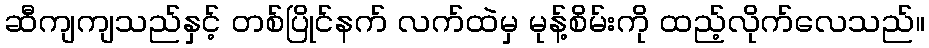
ဆီကျကျသည်နှင့် တစ်ပြိုင်နက် လက်ထဲမှ မုန့်စိမ်းကို ထည့်လိုက်လေသည်။